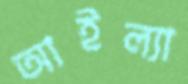
আইল্যা